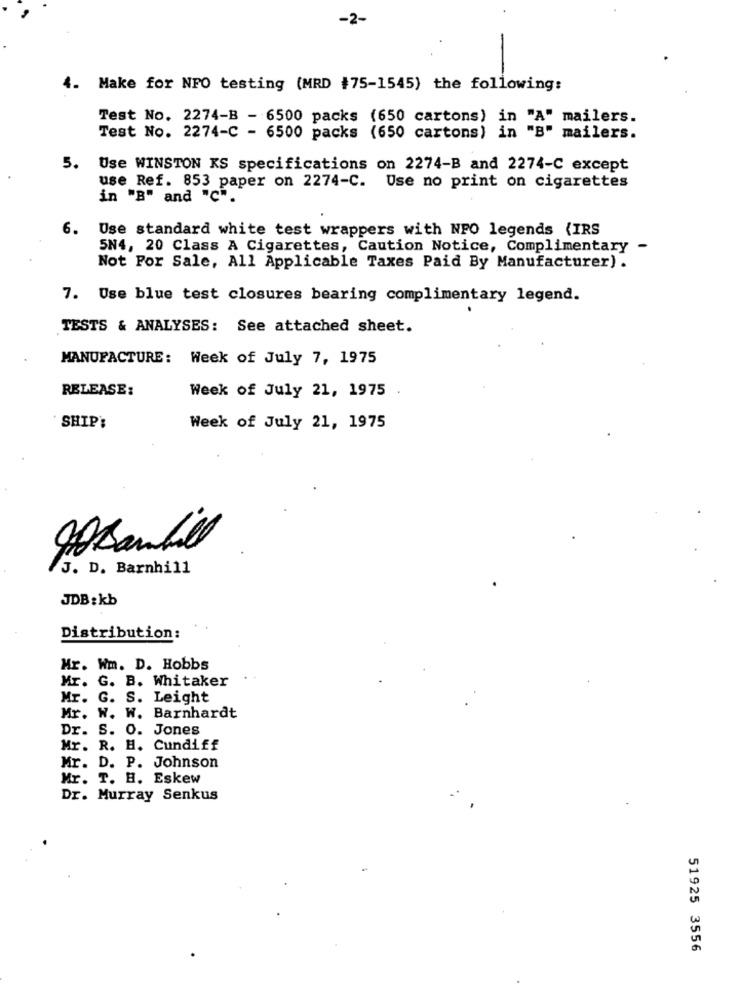
-2-
Make for NFO testing (MRD #75-1545) the following:
Test No. 2274-B - 6500 packs (650 cartons) in "A" mailers.
Test No. 2274-C - 6500 packs (650 cartons) in "B" mailers.
5.
Use WINSTON KS specifications on 2274-B and 2274-C except
use Ref. 853 paper on 2274-C. Use no print on cigarettes
in "B" and "c".
6.
Use standard white test wrappers with NPO legends (IRS
5N4, 20 Class A Cigarettes, Caution Notice, Complimentary -
Not For Sale, All Applicable Taxes Paid By Manufacturer) .
7. Use blue test closures bearing complimentary legend.
TESTS & ANALYSES: See attached sheet.
MANUFACTURE: Week of July 7, 1975
RELEASE:
Week of July 21, 1975
` SHIP':
Week of July 21, 1975
4Banbill
J. D. Barnhill
JDB : kb
Distribution:
Mr. Wm. D. Hobbs
Mr. G. B. Whitaker
Mr. G. S. Leight
Mr. W. W. Barnhardt
Dr. S. O. Jones
Mr. R. H. Cundiff
Mr. D. P. Johnson
Mr. T. H. Eskew
Dr. Murray Senkus
51925 3556